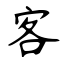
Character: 客